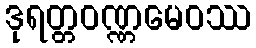
ဒုရတ္တဝဏ္ဏမေဝဿ